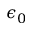
\epsilon _ { 0 }